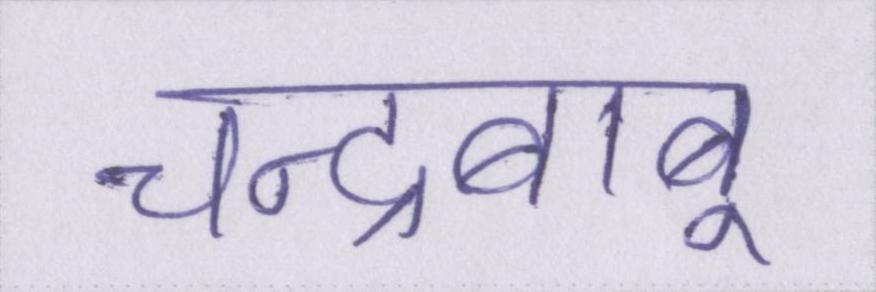
चन्द्रबाबू